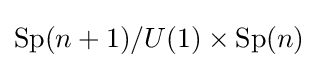
\operatorname {Sp} (n+1)/U(1)\times \operatorname {Sp} (n)